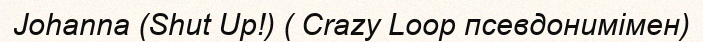
Johanna (Shut Up!) ( Crazy Loop псевдонимімен)